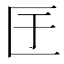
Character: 𭅕